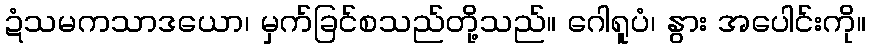
ဍံသမကသာဒယော၊ မှက်ခြင်စသည်တို့သည်။ ဂေါရူပံ၊ နွား အပေါင်းကို။